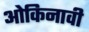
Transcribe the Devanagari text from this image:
ओकिनावी